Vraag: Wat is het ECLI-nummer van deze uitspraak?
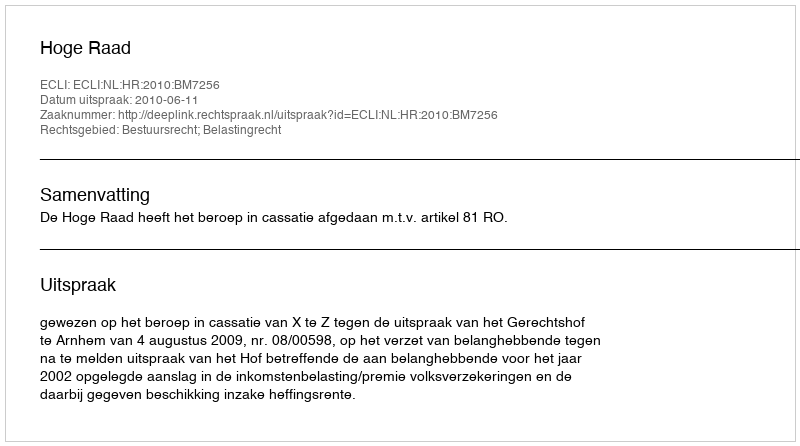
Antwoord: ECLI:NL:HR:2010:BM7256